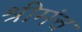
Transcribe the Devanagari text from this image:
श्रीमंत्त